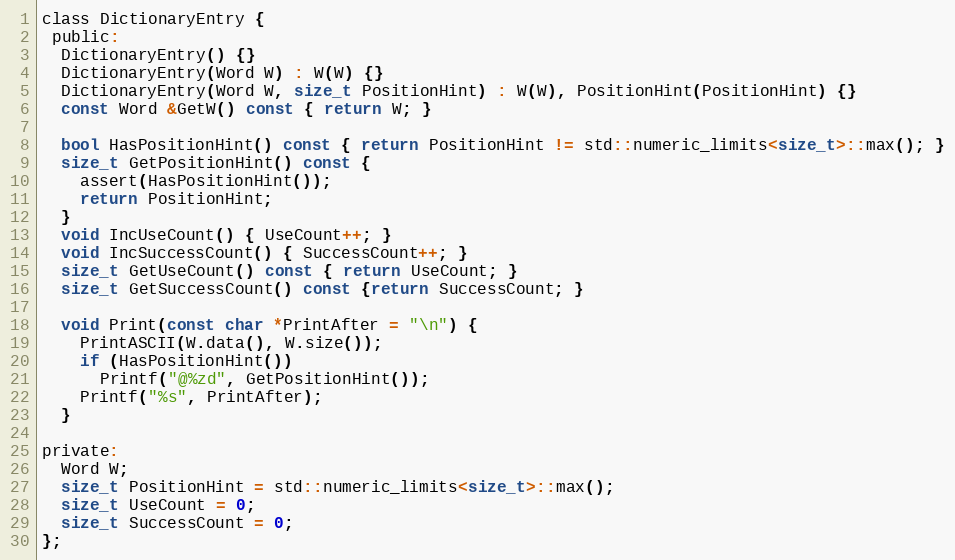
Language: C
class DictionaryEntry {
 public:
  DictionaryEntry() {}
  DictionaryEntry(Word W) : W(W) {}
  DictionaryEntry(Word W, size_t PositionHint) : W(W), PositionHint(PositionHint) {}
  const Word &GetW() const { return W; }

  bool HasPositionHint() const { return PositionHint != std::numeric_limits<size_t>::max(); }
  size_t GetPositionHint() const {
    assert(HasPositionHint());
    return PositionHint;
  }
  void IncUseCount() { UseCount++; }
  void IncSuccessCount() { SuccessCount++; }
  size_t GetUseCount() const { return UseCount; }
  size_t GetSuccessCount() const {return SuccessCount; }

  void Print(const char *PrintAfter = "\n") {
    PrintASCII(W.data(), W.size());
    if (HasPositionHint())
      Printf("@%zd", GetPositionHint());
    Printf("%s", PrintAfter);
  }

private:
  Word W;
  size_t PositionHint = std::numeric_limits<size_t>::max();
  size_t UseCount = 0;
  size_t SuccessCount = 0;
};